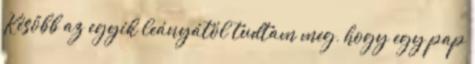
Később az egyik leányától tudtam meg, hogy egy pap